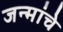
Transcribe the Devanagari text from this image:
जन्मांचे